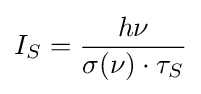
I_{S}={h\nu  \over \sigma (\nu )\cdot \tau _{S}}